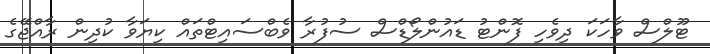
ޓޫލްސް ވާހަކަ ދިވެހި ފޮންޓު ޑައުންލޯޑްސް ސުފުރާ ވެބްސައިޓްތައް ކިޔަވާ ކުދިން ރާއްޖޭގެ